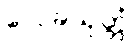
လေခသုတ္တံ